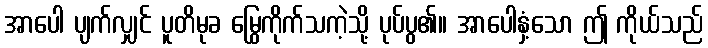
အာပေါ ပျက်လျှင် ပူတိမုခ မြွေကိုက်သကဲ့သို့ ပုပ်ပွ၏။ အာပေါနှံ့သော ဤ ကိုယ်သည်